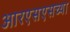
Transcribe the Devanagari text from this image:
आरएसएसच्या